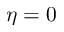
\eta = 0